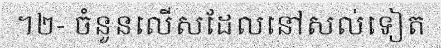
។២- ចំនួនលើសដែលនៅសល់ទៀត